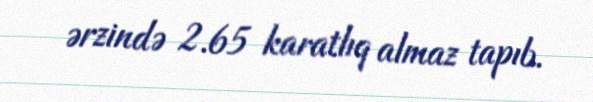
ərzində 2.65 karatlıq almaz tapıb.